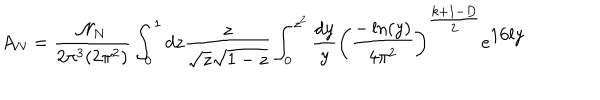
A _ { N } = \frac { { \cal N } _ { N } } { 2 \pi ^ { 3 } ( 2 \pi ^ { 2 } ) } \int _ { 0 } ^ { 1 } d z \frac { z } { \sqrt { z } \sqrt { 1 - z } } \int _ { 0 } ^ { z ^ { 2 } } \frac { d y } { y } \left( \frac { - \ln ( y ) } { 4 \pi ^ { 2 } } \right) ^ { { \textstyle { \frac { k + 1 - D } { 2 } } } } e ^ { { \textstyle 1 6 l y } }